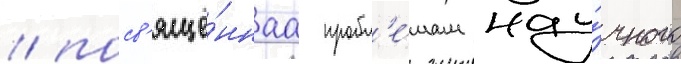
/ посв'ящё́ннаа пробл'е́мам нау́чного